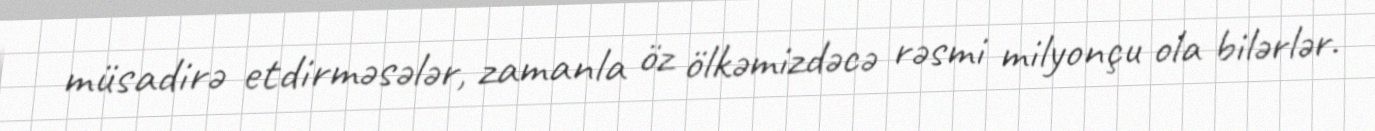
müsadirə etdirməsələr, zamanla öz ölkəmizdəcə rəsmi milyonçu ola bilərlər.